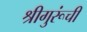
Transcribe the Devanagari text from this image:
श्रीगुरूंची